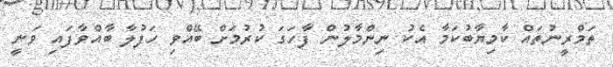
ތަމްރީނުތައް ކާމިޔާބުކަމާ އެކު ނިންމާލުން ފާހަގަ ކުރުމަށް ބޭއްވި ހަފުލާ ބާއްވާފައި ވަނީ